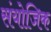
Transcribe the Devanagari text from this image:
संयोजिक